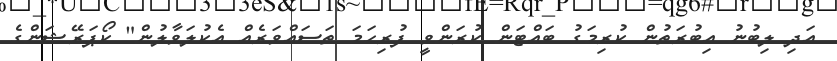
އަދި ލިބުނު އިބުރަތުން ކުރިމަގު ބައްޓަން ކުރަންވީ ފުރިހަމަ ތަސައްވަރެއް އެކުލަވާލުން" ކޯޕަރޭޝަންގެ